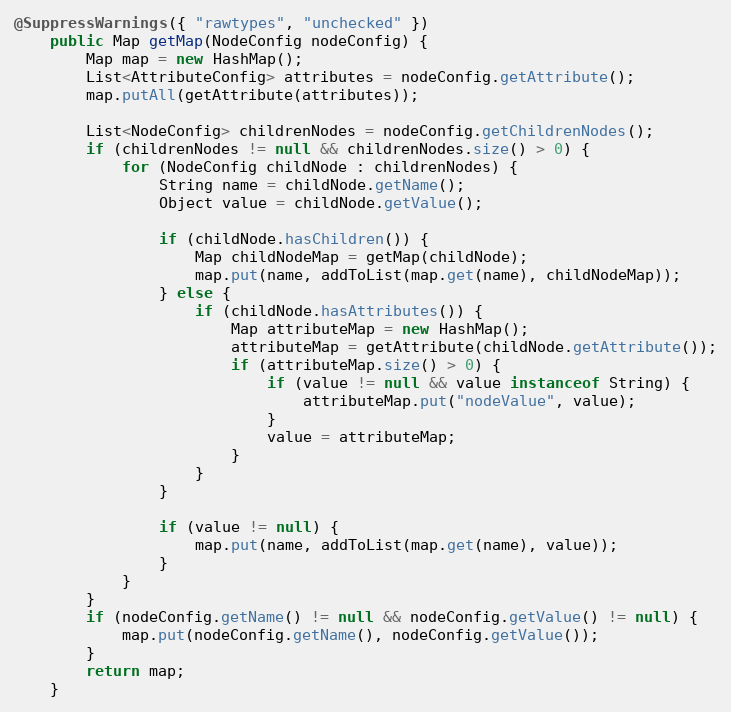
Language: Java
@SuppressWarnings({ "rawtypes", "unchecked" })
	public Map getMap(NodeConfig nodeConfig) {
		Map map = new HashMap();
		List<AttributeConfig> attributes = nodeConfig.getAttribute();
		map.putAll(getAttribute(attributes));

		List<NodeConfig> childrenNodes = nodeConfig.getChildrenNodes();
		if (childrenNodes != null && childrenNodes.size() > 0) {
			for (NodeConfig childNode : childrenNodes) {
				String name = childNode.getName();
				Object value = childNode.getValue();

				if (childNode.hasChildren()) {
					Map childNodeMap = getMap(childNode);
					map.put(name, addToList(map.get(name), childNodeMap));
				} else {
					if (childNode.hasAttributes()) {
						Map attributeMap = new HashMap();
						attributeMap = getAttribute(childNode.getAttribute());
						if (attributeMap.size() > 0) {
							if (value != null && value instanceof String) {
								attributeMap.put("nodeValue", value);
							}
							value = attributeMap;
						}
					}
				}

				if (value != null) {
					map.put(name, addToList(map.get(name), value));
				}
			}
		}
		if (nodeConfig.getName() != null && nodeConfig.getValue() != null) {
			map.put(nodeConfig.getName(), nodeConfig.getValue());
		}
		return map;
	}